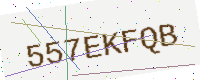
Text: 557EKFQB